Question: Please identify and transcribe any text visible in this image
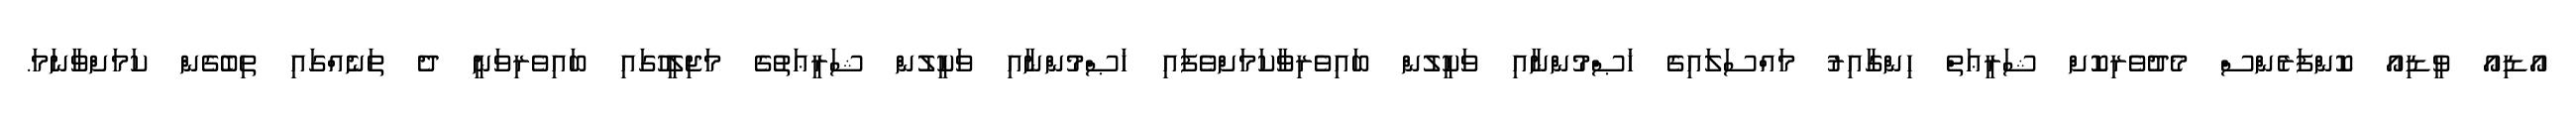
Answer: އޯޑިއޯ ވީޑިއޯ ކޮންފަރެންސް މެދުވެރިކޮށް ޝަރީޢަތް ހިންގާއިރު މައްސަލައިގެ ޚަޞްމުންނާއި ވަކީލުން ބައިވެރިވާކަމަށްވެފައި ޚަޞްމުންނާއި ވަކީލުން ޝަރީޢަތުގެ މަޖިލީހުގައި ބައިވެރިވަނީ ދެ ތަނެއްގައި ތިބެގެން ކަމަށްވާނަމަ.